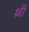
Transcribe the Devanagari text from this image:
थ़ी